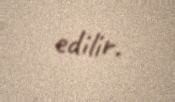
edilir.